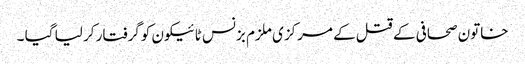
خاتون صحافی کے قتل کے مرکزی ملزم بزنس ٹائیکون کوگرفتار کر لیا گیا ۔